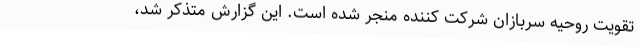
تقویت روحیه سربازان شرکت کننده منجر شده است. این گزارش متذکر شد،